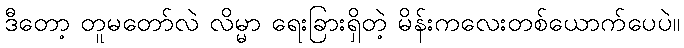
ဒီတော့ တူမတော်လဲ လိမ္မာ ရေးခြားရှိတဲ့ မိန်းကလေးတစ်ယောက်ပေပဲ။